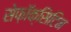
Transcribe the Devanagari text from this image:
सेफ़ॉक्सिटिन